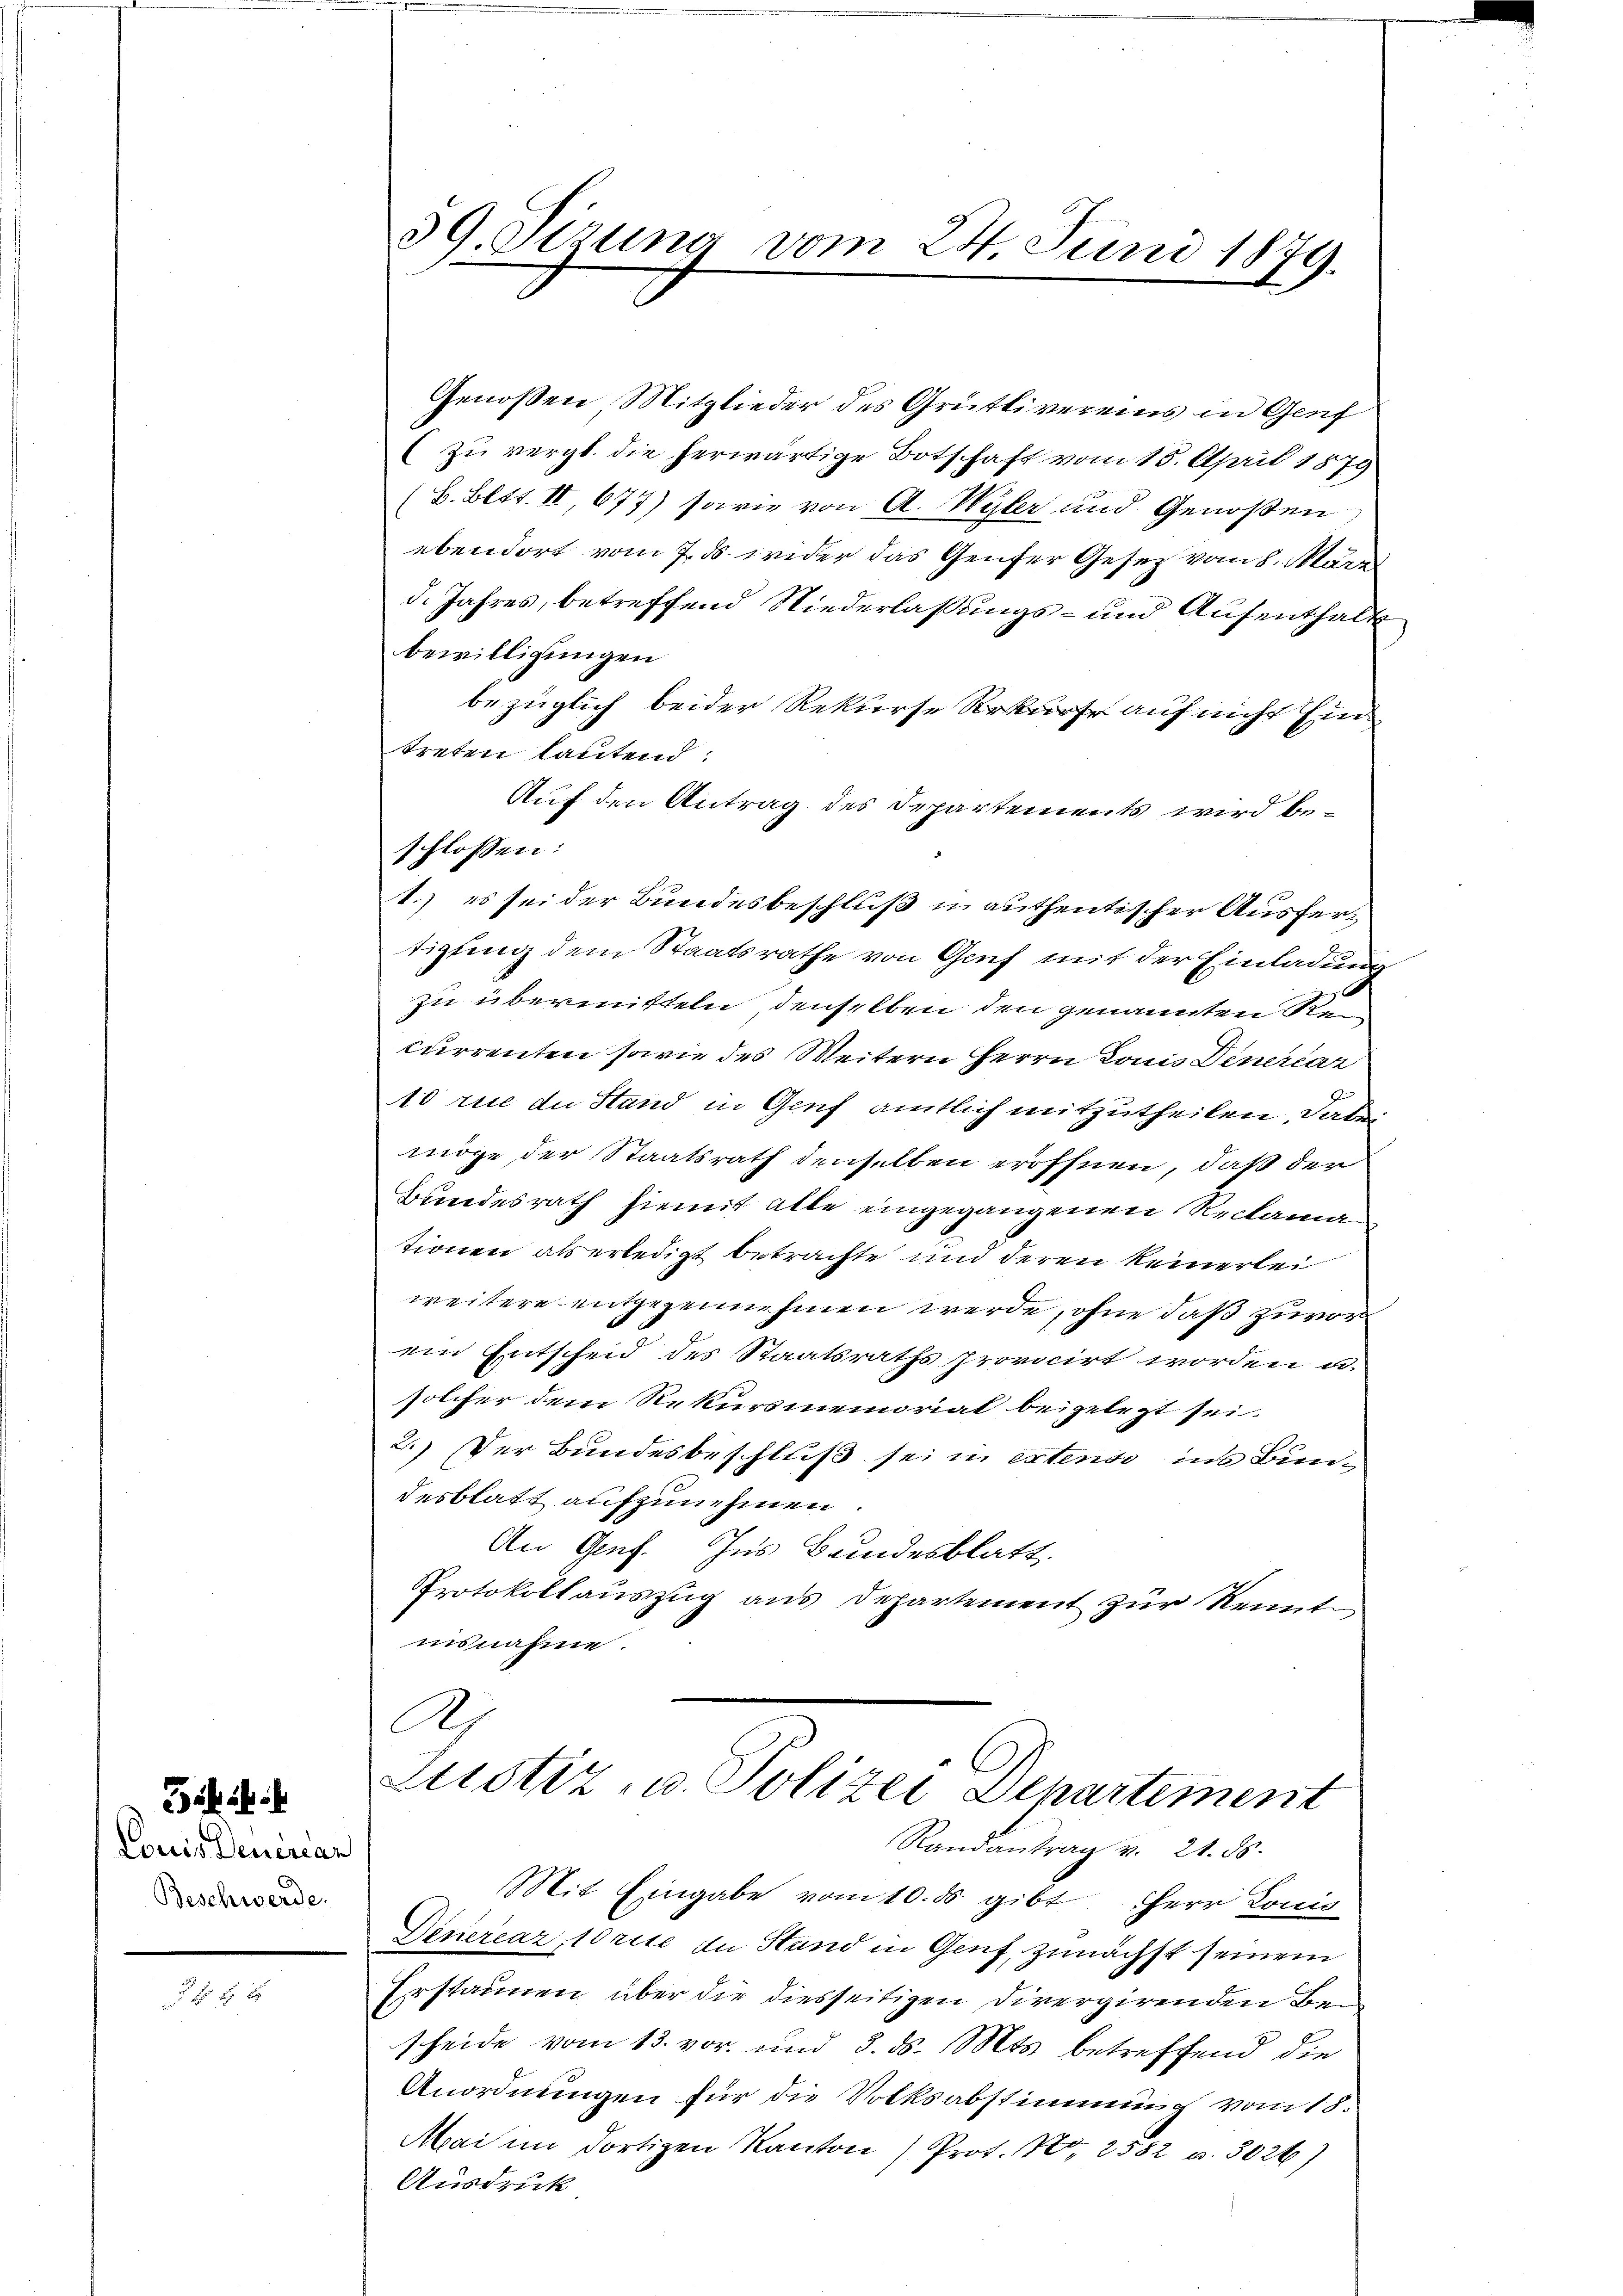
Louis Deuercan
Beschwerde.

32. 16.

39. Sirung vom 24. Juni 1879.
.

Genossen Mitglieder des Grütlivereins in Genf
(zu vergl. die herwärtige Botschaft vom 15. April 1879
(B. Bett. II, 677) sowie von A. Wyler und Genoßen
ebendort vom 7. ds wider das Genfer Gesetz vom 8. März
d. Jahres, betreffend Niederlaßungs- und Aufenthalt
bewilligungen
bezüglich beider Rekurse Rekurse auf nicht Eintreten lautend
Auf den Antrag des Departements wird be¬
1.) es sei der Bundesbeschluß u authentischer Ausfert
tigung dem Staatsrathe von Genf mit der Einladung
zu übermitteln denselben den genannten de
currenten sowie des Weitern Herrn Lonis Dinercar
10 rue du Stand in Genf amtlich mitzutheilen, daß
möge der Staatsrath denselben eröffnen, daß der
Bundesrath hiemit alte eingegangenen Reclama
tionen als erledigt betrachte und deren keinerlei
weitere entgegennehmen werde, ohne daß zuvor
ein Entscheid des Staatsraths provocirt worden u.
solcher dem Rekursmemorial beigelegt sei.
2.) Der Bundesbeschluß sei in extens ins Bundesblatt aufzunehmen
An Genf. Ins Bundesblatt.
Protokollauszug aus Departement zur Kennt
insnahme.
A
Justiz- u. Polizei Departement
Randantrag v. 21. ds.
Mit Eingabe vom 10. ds. gibt Herr Louis
Dinereaz Arite zu Stand in Genf, zunächst seinem
Erstaunen über die diesseitigen Divergirenden Bescheide vom 13. vor. und 3. ds. Mts. betreffend die
Anordnungen für die Volksabstimmung vom 18.
Mai im dortigen Kanton Prot. No. 2582 u. 3026)
Ausdruck

schlossen: